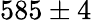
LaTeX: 585\pm 4